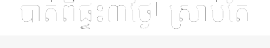
បាត់ពីផ្ទះ៣ថ្ងៃ! ស្រាប់តែ